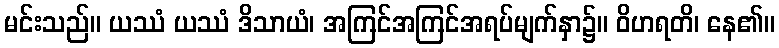
မင်းသည်။ ယဿံ ယဿံ ဒိသာယံ၊ အကြင်အကြင်အရပ်မျက်နှာ၌။ ဝိဟရတိ၊ နေ၏။